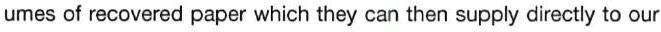
umes of recovered paper which they can then supply directly to our